Report on vaccination in Madras 1922-1929 - 1922-1929
Year: 1922
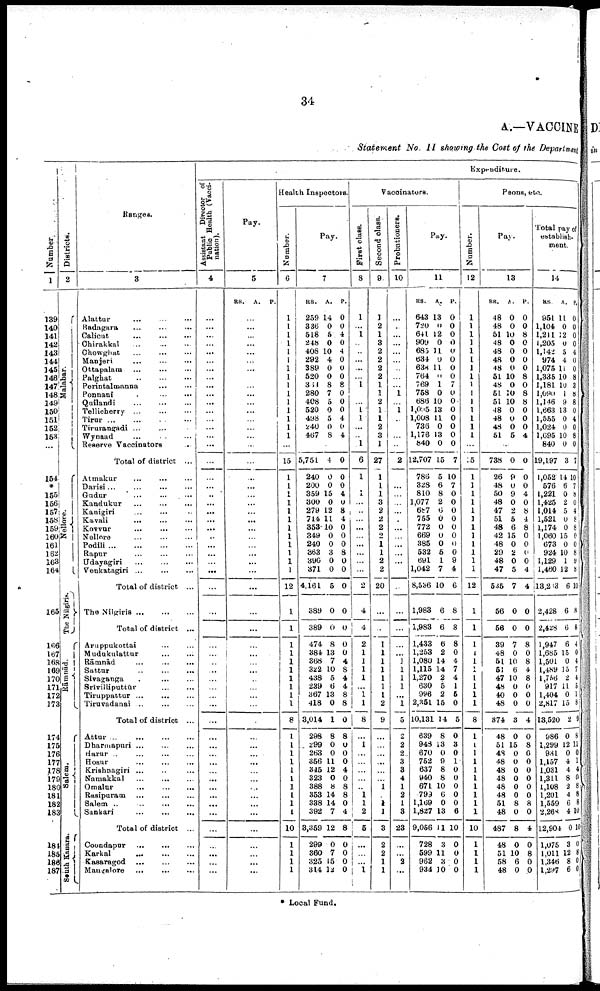
34
A.—VACCINE
Statement No. II showing the Cost of the Department
Number
1
139
140
141
142
143
144
145
146
147
148
149
150
151
152
153
...
154
*
155
156
157
158
159
160
161
162
163
164
165
166
167
168
169
170
171
172
173
174
175
176
177
178
179
180
181
182
183
184
185
186
187
Districts.
2
Malabar.
Nellore.
The Nilgiris.
Rāmnād.
Salem.
South Kanara.
Ranges.
3
Alattur... ...
...
Badagara... .
.
. ...
Calicut...
...
Chirakkal...
...
...
Chowghat... ...
Manjeri...
...
Ottapalam...
...
...
Palghat...
...
Perintalmanna... ... ...
Ponnani...
...
Quilandi...
...
...
Tellicherry...
...
...
...
Tirur...
...
...
...
Tirurangadi... ... ...
Wynaad...
...
...
Reserve Vaccinators... ...
Total of district ...
Atmakur...
...
Darisi... ... ...
Gudur...
...
Kandukur...
...
Kanigiri...
...
Kavali... ... ...
Kovvur...
...
...
Nellore...
...
...
Podili...
...
...
Rapur...
...
...
Udayagiri...
...
Venkatagiri...
...
Total of district ...
The
Nilgiris...
...
...
Total of district ...
Aruppukottai... ... ...
Mudukulattur... ... .
.
.
Rāmnād
...
...
...
Sattur...
...
...
Sivaganga...
...
...
Srivilliputtūr... ...
Tiruppattur ...
...
...
Tiruvadanai...
...
...
Total of district ...
Attur ...
...
...
Dharmapuri...
...
...
Harur... ... ...
Hosur...
...
...
Krishnagiri... ...
Namakkal... ... ...
Omalur...
...
...
Rasipuram...
...
...
...
Salem... ... ...
Sankari...
...
...
...
Total of district... ...
Coondapur...
...
...
...
Karkal...
...
...
Kasaragod...
...
...
Mangalore...
...
...
Expenditure.
Assistant Director of
Public Health (Vacci
nation).
4
...
...
...
...
...
...
...
...
...
...
...
...
...
...
...
...
...
...
... ...
...
...
...
...
..
...
...
...
...
...
...
...
...
...
...
...
...
...
...
...
...
...
...
...
...
...
...
...
...
...
...
...
...
...
...
...
Pay.
5
RS.
A.
P.
...
...
...
...
...
...
...
...
...
...
...
...
...
...
...
...
...
...
...
...
...
...
...
...
...
...
...
...
...
...
...
...
...
...
...
...
...
...
...
...
...
...
...
...
...
...
...
...
...
...
...
...
...
...
...
...
Health Inspectors.
Number.
6
1
1
1
1
1
1
1
1
1
1
1
1
1
1
1
...
15
1
1
1
1
1
1
1
1
1
1
1
1
12
1
1
1
1
1
1
1
1
1
1
8
1
1
1
1
1
1
1
1
1
1
10
1
1
1
1
Pay.
7
RS.
259
336
518
248
408
292
389
520
361
280
408
520
498
240
467
A.
14
0
5
0
10
4
0
0
8
7
5
0
5
0
8
P.
0
0
4
0
4
0
0
0
8
0
0
0
4
0
4
...
5,751
240
200
359
300
279
714
353
349
240
363
390
371
4,161
389
389
474
384
368
322
438
239
367
418
3,014
298
299
263
356
345
323
388
353
338
392
8,359
299
360
325
314
4
0
0
15
0
12
11
10
0
0
3
0
0
5
0
0
8
13
7
10
5
6
13
0
1
8
0
0
11
12
0
8
14
14
7
12
0
7
15
12
0
0
0
4
0
8
4
0
0
0
8
0
0
0
0
0
0
0
4
8
4
4
8
8
0
8
0
0
0
4
0
8
8
0
4
8
0
0
0
0
Vaccinators.
First class.
8
1
...
1
...
...
...
...
...
1
...
1
1
...
...
1
6
1
1
...
...
...
...
...
...
...
...
...
2
4
4
2
1
1
1
1
...
1
1
8
...
1
...
...
...
...
...
1
1
2
5
...
...
...
1
Second class.
9
1
2
1
3
2
2
2
2
1
1
2
1
1
2
3
1
27
1
1
1
3
2
2
2
2
1
1
2
2
20
...
...
1
1
1
1
1
1
1
2
9
...
...
...
...
...
...
1
1
1
3
2
2
1
1
Probationers.
10
...
...
...
...
...
...
...
...
...
1
...
1
..
...
...
...
2
...
...
...
...
...
...
...
...
...
...
...
...
...
...
...
...
1
1
1
1
...
1
5
2
2
2_
3
3
4
1
2
1
3
23
...
...
2
...
Pay.
11
RS.
643
720
641
909
685
634
638
764
769
758
686
l,095
1,008
736
1,176
840
12,707
786
328
810
1,077
687
755
772
669
385
532
691
1,042
8,536
1,983
1,983
1,433
l,253
1,080
1,115
1,270
630
996
2,351
10,131
639
948
670
752
637
940
671
799
1,169
1,827
9,056
728
599
962
934
A.
13
0
12
0
11
0
11
0
1
0
10
13
11
0
13
0
15
5
6
8
2
6
0
0
0
0
5
1
7
10
6
6
6
2
14
14
2
5
2
15
14
8
13
0
9
8
8
10
6
0
13
11
3
11
3
10
P.
0
0
0
0
0
0
0
0
7
0
0
0
0
0
0
0
7
10
7
0
0
0
0
0
0
0
0
9
4
6
8
8
8
0
4
7
4
1
5
0
5
0
3
0
1
0
0
0
0
0
6
10
0
0
0
0
Peons, etc.
Number.
12
1
1
1
1
1
1
1
1
1
1
1
1
1
1
1
...
5
1
1
1
1
1
1
1
1
1
1
1
1
12
1
1
1
1
1
1
1
1
1
1
8
1
1
1
1
1
1
1
1
1
1
10
1
1
1
1
Pay.
13
RS.
48
48
51
48
48
48
48
51
48
51
51
48
48
48
51
A.
0
0
10
0
0
0
0
10
0
20
10
0
0
0
5
P.
0
0
8
0
0
0
0
8
0
8
8
0
0
0
4
...
738
26
48
50
48
47
51
48
42
48
29
48
47
535
56
56
39
48
51
51
47
48
40
48
374
48
51
48
48
48
48
48
48
51
48
487
48
51
58
48
0
9
0
9
0
2
5
6
15
0
2
0
5
7
0
0
7
0
10
6
10
0
0
0
3
0
15
0
0
0
0
0
0
8
0
8
0
10
6
0
0
0
0
4
0
8
4
8
0
0
0
0
4
4
0
0
8
0
8
4
8
0
0
0
4
0
8
0
0
0
0
0
0
8
0
4
0
8
0
0
Total pay of
establish-
ment.
14
RS
951
1,104
1,211
1,205
1,142
974
1,075
1,335
1,181
1,090
1,146
1,663
1,555
1,024
1,695
840
19,197
1,052
576
1,221
1,425
1,014
1,521
1,174
1,060
673
924
1,129
1,460
13,203
2,428
2,428
1,917
1,685
1,501
1,489
1,756
917
1,404
2,817
13,520
986
1,299
931
1,157
1,031
1,311
1,108
1,201
1,559
2,268
12,904
1,075
1,011
1,346
1,297
A.
11
0
12
0
5
4
11
10
10
1
9
13
0
0
10
0
3
14
6
0
2
5
0
0
15
0
10
1
12
6
6
6
6
15
0
15
2
11 0
15
2
0
12
0
4
4
8
3
4
6
4
0
3
12
8
6
P.
0
0
0
0
4
0
0
8
3
8
8
0
4
0
8
0
7
10
7
8
0
4
8
8
0
0
8
9
8
10
8
8
4
0
4
7
4
5
1
8
8
8
11
0
1
4
0
8
8
8
10
10
0
8
0
0
* Local Fund.